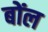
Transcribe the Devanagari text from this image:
बोंल